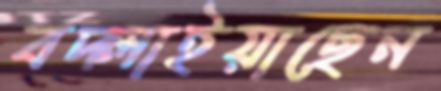
বদ্‌লাইয়াছেন